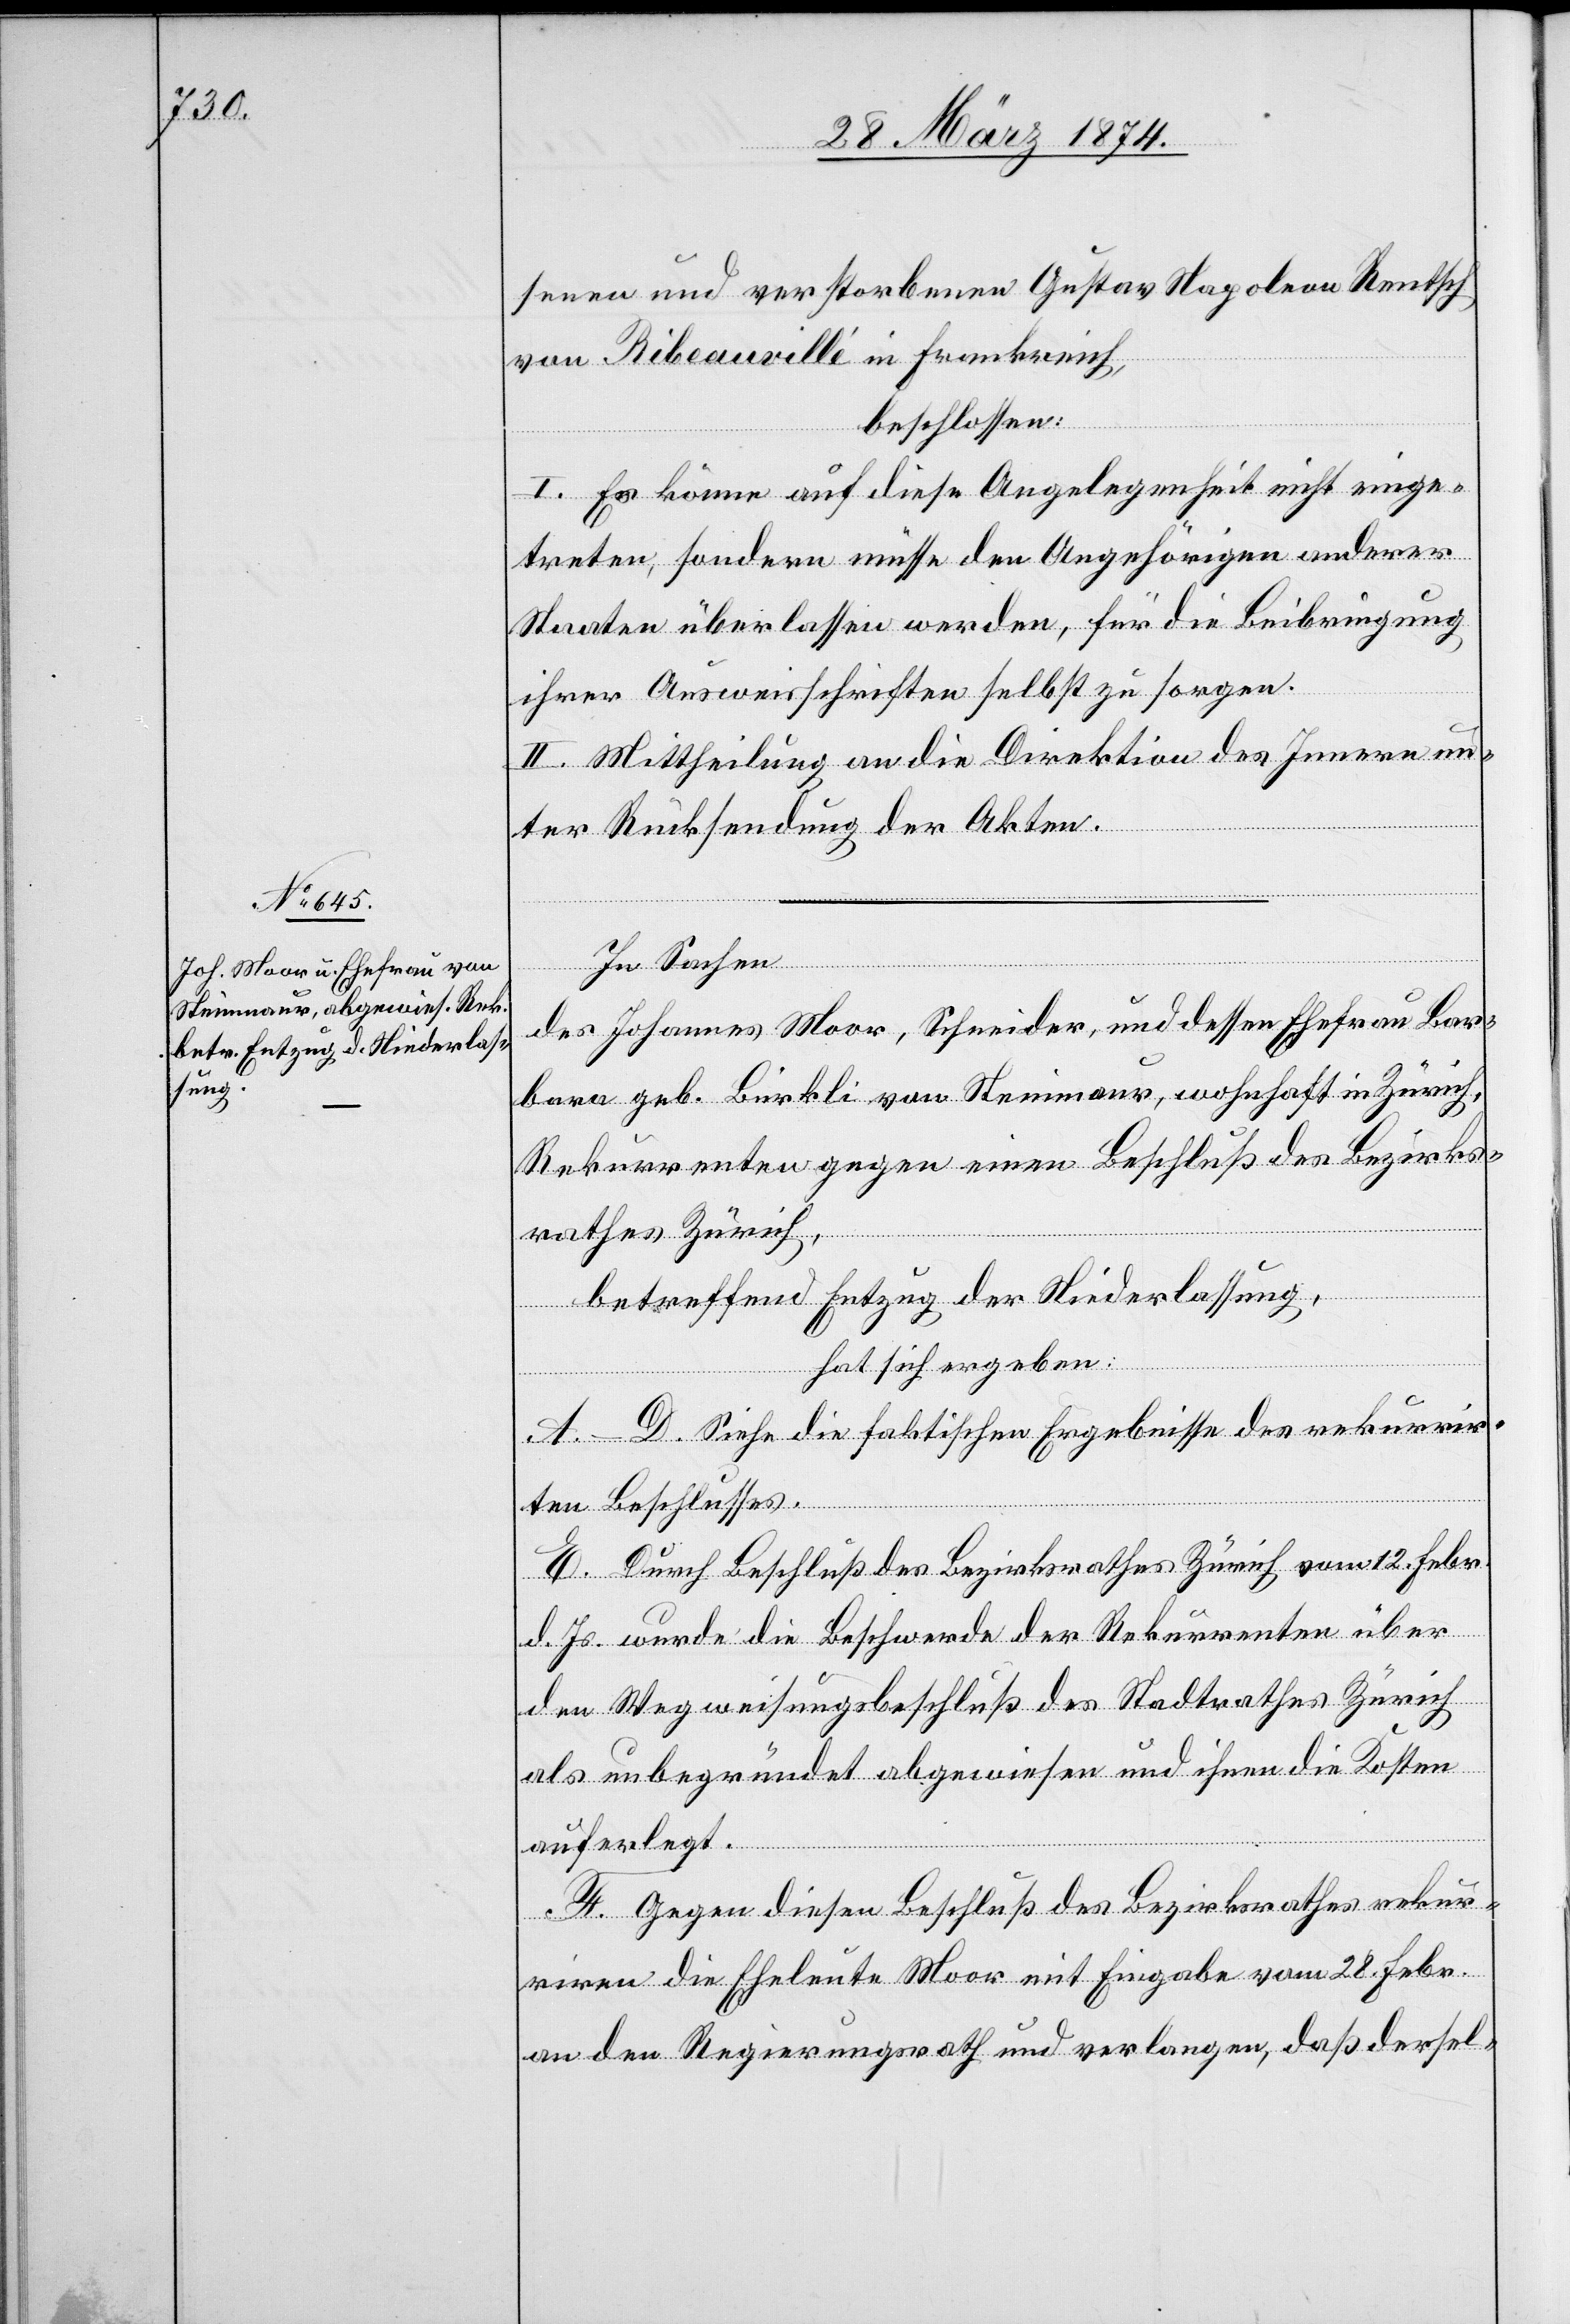
senen und verstorbenen Gustav Napoleon Rentsch
von Ribeauvillé [sic!] in Frankreich,
beschlossen:
I. Es könne auf diese Angelegenheit nicht einge¬
treten, sondern müsse den Angehörigen anderer
Staaten überlassen werden, für die Beibringung
ihrer Ausweisschriften selbst zu sorgen.
II. Mittheilung an die die Direktion des Innern un¬
ter Rücksendung der Akten.
In Sachen
des Johannes Moor, Schneider, und dessen Ehefrau Bar¬
bara geb. Bürkli von Steinmaur, wohnhaft in Zürich,
Rekurrenten gegen einen Beschluß des Bezirks¬
rathes Zürich,
betreffend Entzug der Niederlassung,
hat sich ergeben:
A.–D. Siehe die faktischen Ergebnisse des rekurrir¬
ten Beschlusses.
E. Durch Beschluß des Bezirksrathes Zürich vom 12. Febr.
d. Js. wurde die Beschwerde der Rekurrenten über
den Wegweisungsbeschluß des Stadtrathes Zürich
als unbegründet abgewiesen und ihnen die Kosten
auferlegt.
F. Gegen diesen Beschluß des Bezirksrathes rekur¬
riren die Eheleute Moor mit Eingabe vom 28. Febr.
an den Regierungsrath und verlangen, daß dersel-